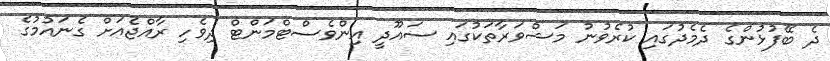
ދެ ބޭފުޅުންގެ ދެމެދުގައި ކުރެވުނު މަޝްވަރާތަކުގައި ސައޫދީ އިންވެސްޓްމަންޓް ދިވެހި ރާއްޖެއަށް ގެނައުމުގެ